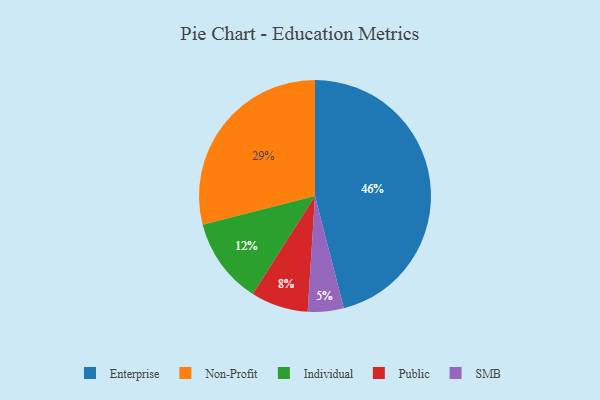
{"axis": {"x": "Category", "y": "Percentage"}, "legend": ["Enterprise", "Individual", "Non-Profit", "Public", "SMB"], "data": [{"x": "SMB", "y": 5, "type": "SMB"}, {"x": "Enterprise", "y": 46, "type": "Enterprise"}, {"x": "Individual", "y": 12, "type": "Individual"}, {"x": "Non-Profit", "y": 29, "type": "Non-Profit"}, {"x": "Public", "y": 8, "type": "Public"}]}